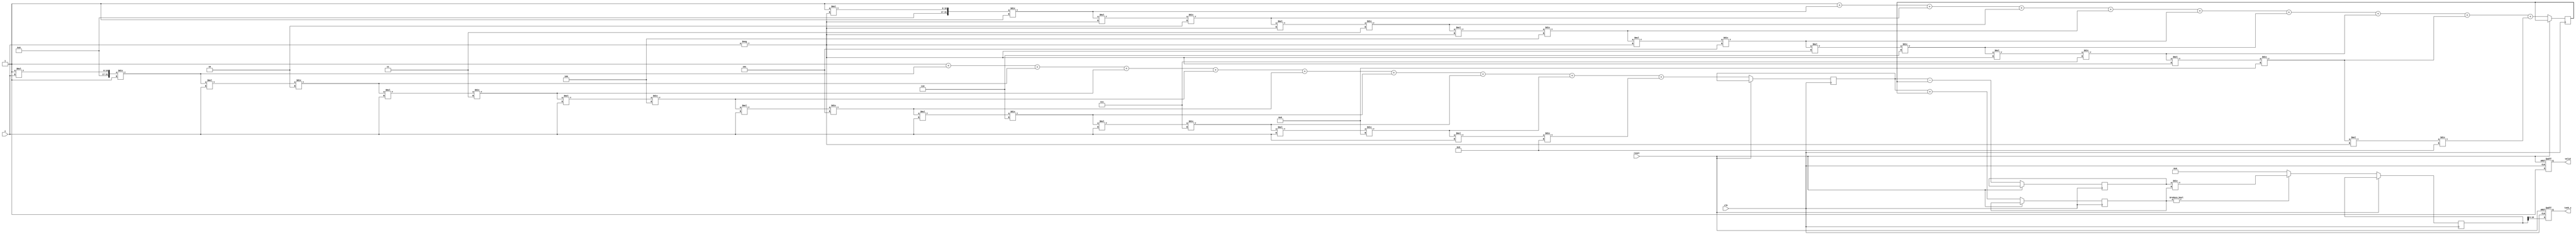
module tanh_block (
    input wire clk,
    input wire reset,
    input wire [15:0] x,          // Input signal (fixed-point representation)
    output reg [15:0] tanh_x,     // Output signal (fixed-point representation)
    output reg valid               // Output valid signal
);

    // Internal signals
    reg [31:0] exp_x;             // e^x
    reg [31:0] exp_neg_x;         // e^(-x)
    reg [31:0] numerator;          // e^x - e^(-x)
    reg [31:0] denominator;        // e^x + e^(-x)
    reg [31:0] division_result;    // Result of division

    // Exponential function approximation (simple Taylor series for small x)
    function [31:0] exp_func;
        input [15:0] x;
        reg [31:0] result;
        reg [31:0] term;
        integer i;
        begin
            result = 32'h00000001; // e^0 = 1
            term = 32'h00000001;   // First term (x^0 / 0!)
            for (i = 1; i < 10; i = i + 1) begin // 10 terms for approximation
                term = (term * x) / i; // Calculate x^i / i!
                result = result + term; // Add to result
            end
            exp_func = result;
        end
    endfunction

    always @(posedge clk or posedge reset) begin
        if (reset) begin
            tanh_x <= 16'h0000;
            valid <= 0;
        end else begin
            // Calculate e^x and e^(-x)
            exp_x <= exp_func(x);
            exp_neg_x <= exp_func(-x);

            // Calculate numerator and denominator
            numerator <= exp_x - exp_neg_x;
            denominator <= exp_x + exp_neg_x;

            // Handle division (simple fixed-point division)
            if (denominator != 0) begin
                division_result <= numerator / denominator;
            end else begin
                division_result <= 32'h00000000; // Avoid division by zero
            end

            // Scale the result to fit in 16 bits
            tanh_x <= division_result[15:0]; // Assuming the result fits in 16 bits
            valid <= 1; // Indicate that the output is valid
        end
    end

endmodule